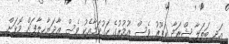
އަދި ބަތަލާ ޝްރަދާ ކަޕޫރު ވެސް އުމުރުގެ ހަގުކަމާއެކު ވެސް އާދަޔާޚިލާފަށް މޮޅަށް